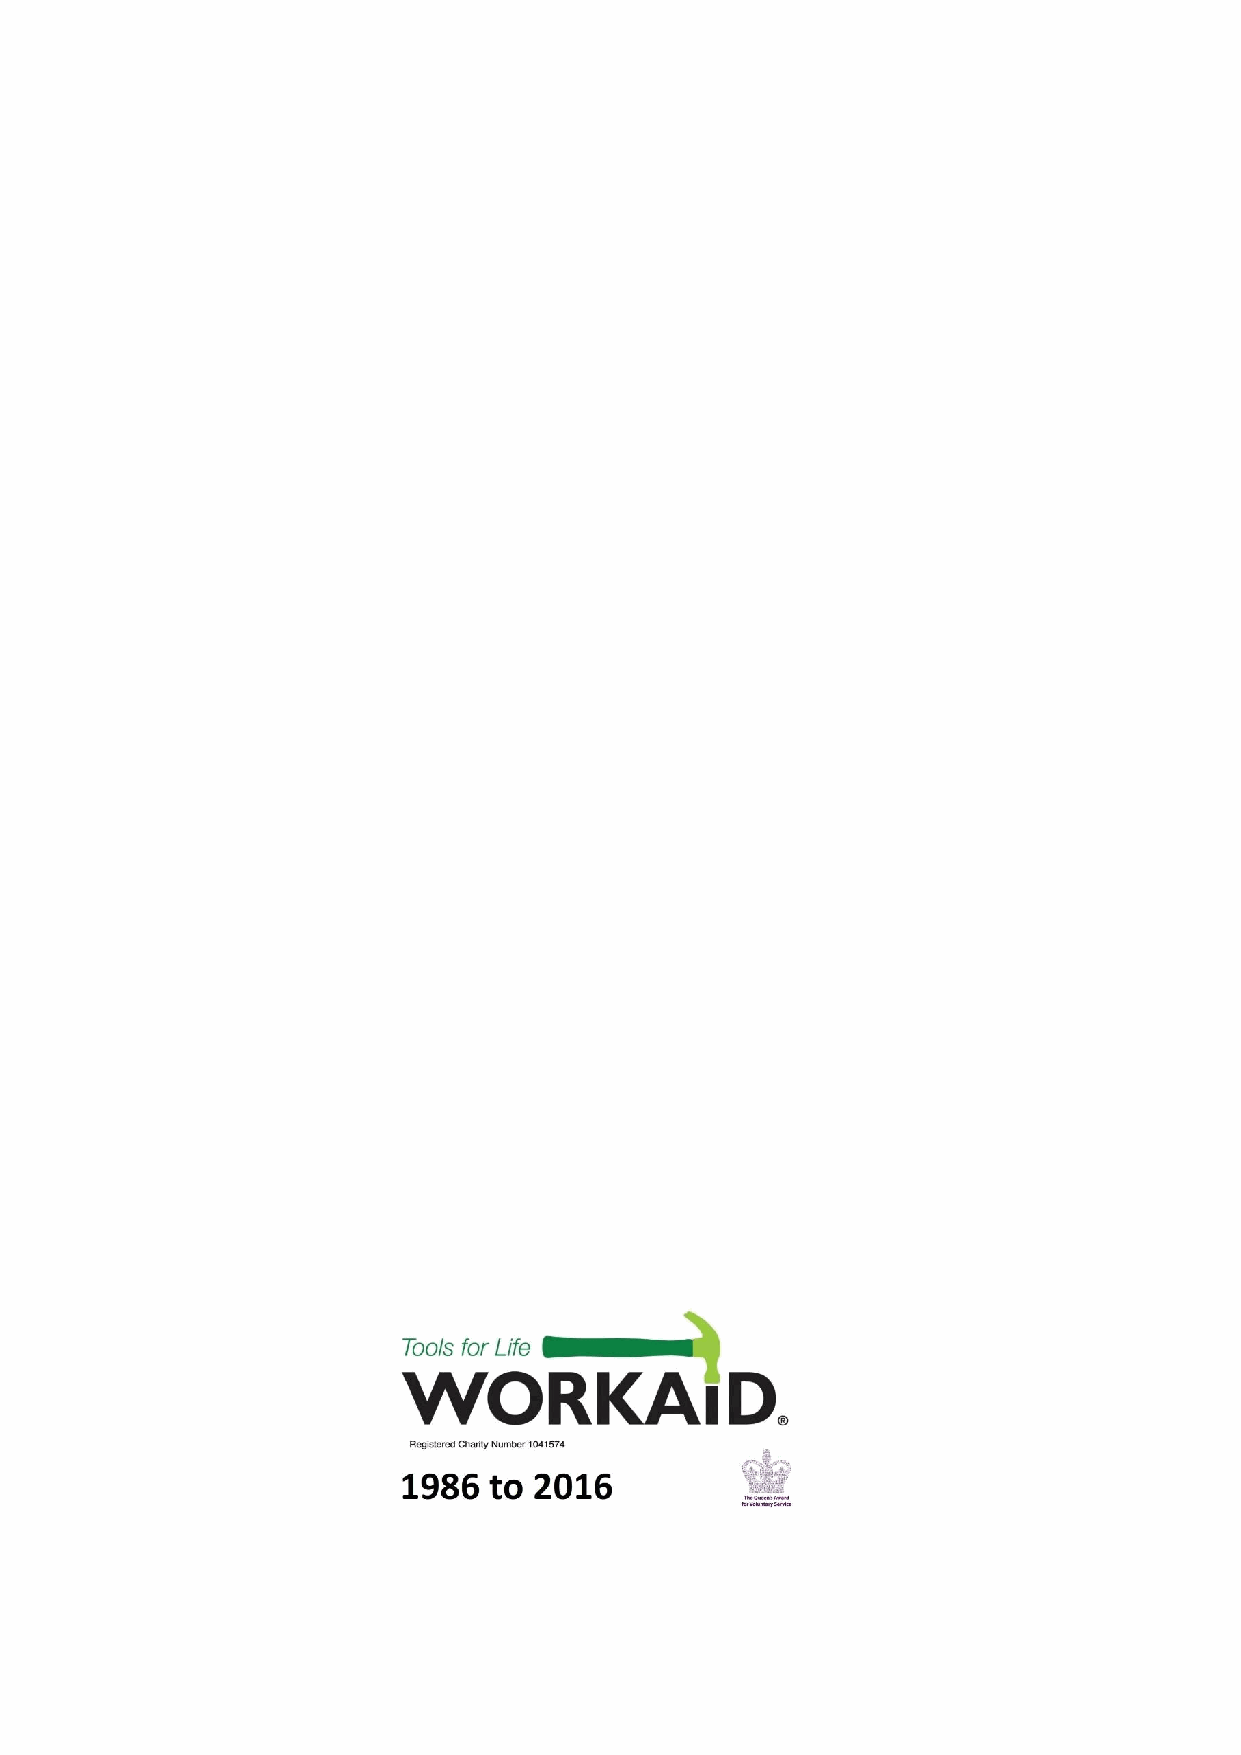
WORKAID   (A company limited by guarantee)
 21